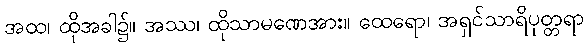
အထ၊ ထိုအခါ၌။ အဿ၊ ထိုသာမဏေအား။ ထေရော၊ အရှင်သာရိပုတ္တရာ